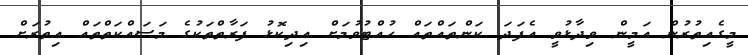
މީގެއިތުރުން އަމީން ވިދާޅުވީ އެފަދަ ކަންތައްތައް ހުއްޓުވުމަށް އިދިކޮޅު ފަރާތްތަކުގެ މަސައްކަތްތައް އިތުރަށް